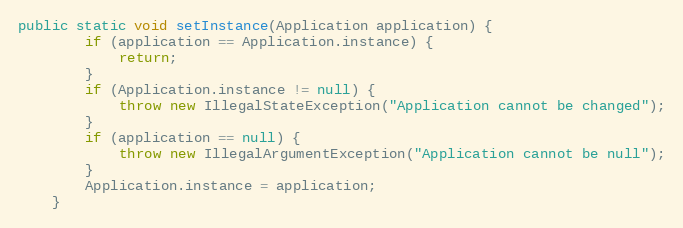
Language: Java
public static void setInstance(Application application) {
		if (application == Application.instance) {
			return;
		}
		if (Application.instance != null) {
			throw new IllegalStateException("Application cannot be changed");
		}
		if (application == null) {
			throw new IllegalArgumentException("Application cannot be null");
		}
		Application.instance = application;
	}